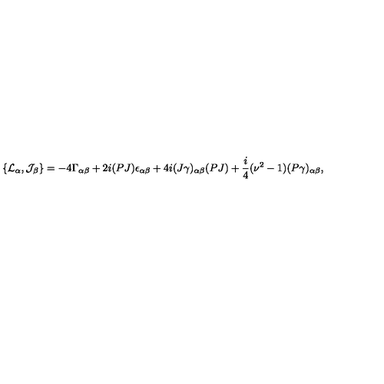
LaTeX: \{ { \cal L } _ { \alpha } , { \cal J } _ { \beta } \} = - 4 \Gamma _ { \alpha \beta } + 2 i ( P J ) \epsilon _ { \alpha \beta } + 4 i ( J \gamma ) _ { \alpha \beta } ( P J ) + \frac { i } { 4 } ( \nu ^ { 2 } - 1 ) ( P \gamma ) _ { \alpha \beta } ,